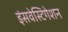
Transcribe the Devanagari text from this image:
इंसवेस्टिगेशन